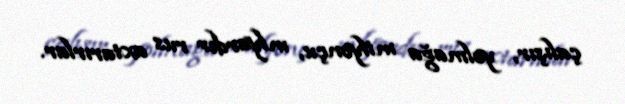
çalışır, yolmağa milyonçu, mlyarder rus axtarırlar.